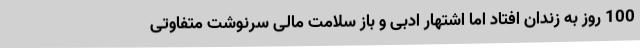
100 روز به زندان افتاد اما اشتهار ادبی و باز سلامت مالی سرنوشت متفاوتی